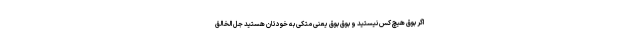
اگر بوق هیچ کس نیستید و بوقِ بوق یعنی متکی به خودتان هستید جل الخالق